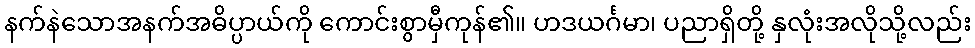
နက်နဲသောအနက်အဓိပ္ပာယ်ကို ကောင်းစွာမှီကုန်၏။ ဟဒယင်္ဂမာ၊ ပညာရှိတို့ နှလုံးအလိုသို့လည်း